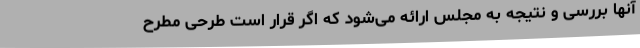
آنها بررسی و نتیجه به مجلس ارائه می‌شود که اگر قرار است طرحی مطرح